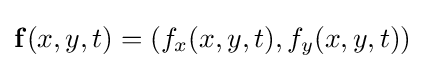
\mathbf {f} (x,y,t)=(f_{x}(x,y,t),f_{y}(x,y,t))